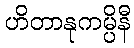
ဟိတာနုကမ္ပိနီ